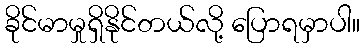
ခိုင်မာမှုရှိနိုင်တယ်လို့ ပြောရမှာပါ။